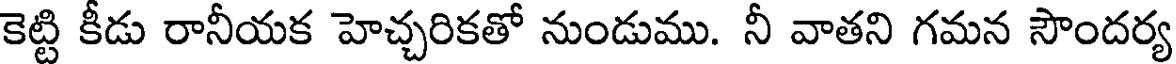
కెట్టి కీడు రానీయక హెచ్చరికతో నుండుము. నీ వాతని గమన సౌందర్య